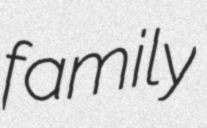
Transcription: family